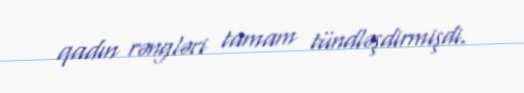
qadın rəngləri tamam tündləşdirmişdi.